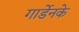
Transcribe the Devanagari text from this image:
गार्डेनके